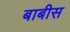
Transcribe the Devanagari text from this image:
बाबीस